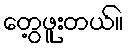
တွေ့ဖူးတယ်။